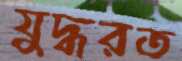
যুদ্ধরত